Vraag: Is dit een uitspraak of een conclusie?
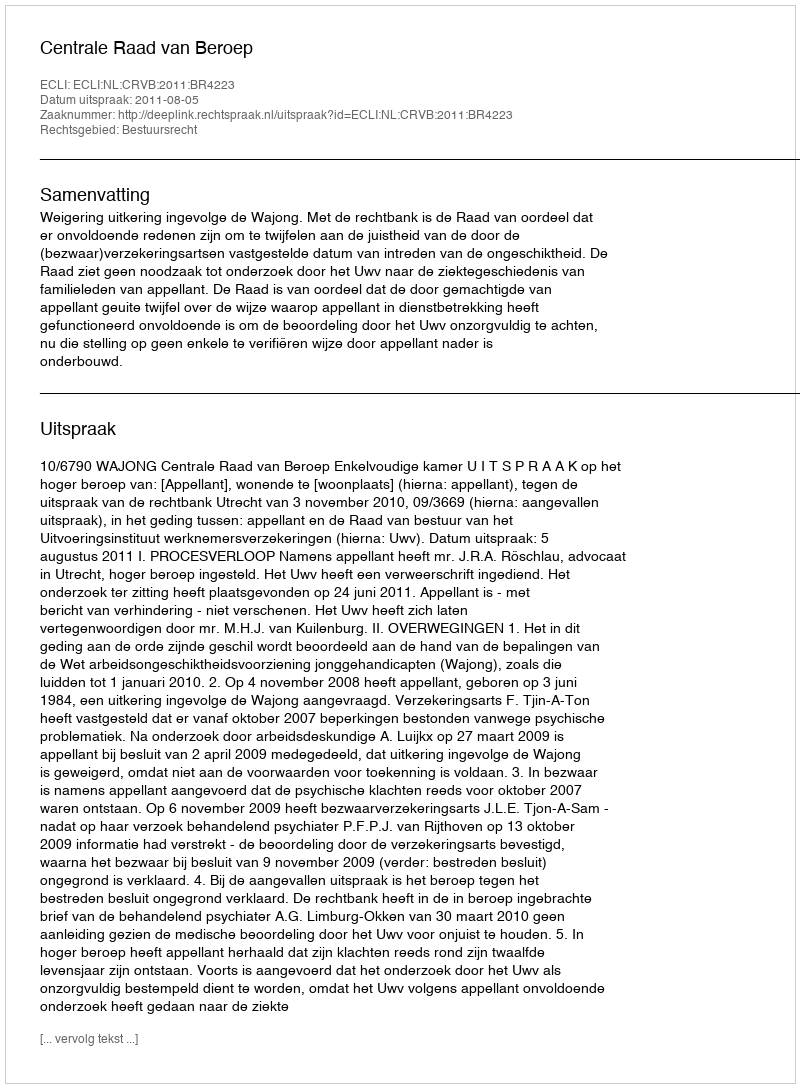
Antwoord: Uitspraak